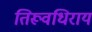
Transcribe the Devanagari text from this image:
तिरूवधिराय